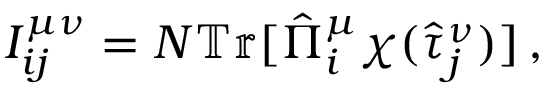
I _ { i j } ^ { \mu \nu } = N \mathbb { T r } [ \hat { \Pi } _ { i } ^ { \mu } \chi ( \hat { \tau } _ { j } ^ { \nu } ) ] \, ,